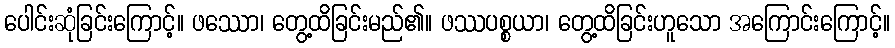
ပေါင်းဆုံခြင်းကြောင့်။ ဖဿော၊ တွေ့ထိခြင်းမည်၏။ ဖဿပစ္စယာ၊ တွေ့ထိခြင်းဟူသော အကြောင်းကြောင့်။